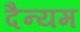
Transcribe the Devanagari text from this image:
दैन्यम